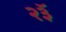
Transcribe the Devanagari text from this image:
२३ॅ